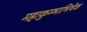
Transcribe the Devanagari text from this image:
महाकुम्भाभिषेक